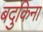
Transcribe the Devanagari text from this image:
बदुकिना